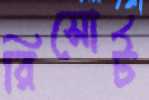
রিসোর্ট